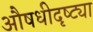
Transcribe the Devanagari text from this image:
औषधीदृष्ट्या